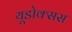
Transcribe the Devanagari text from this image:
यूडोक्सस